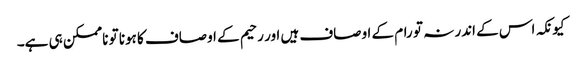
کیونکہ اس کے اندر نہ تو رام کے اوصاف ہیں اور رحیم کے اوصاف کا ہونا تو ناممکن ہی ہے۔